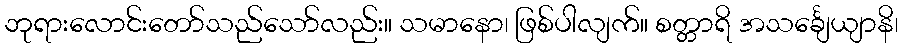
ဘုရားလောင်းတော်သည်သော်လည်း။ သမာနော၊ ဖြစ်ပါလျက်။ စတ္တာရိ အသင်္ချေယျာနိ၊